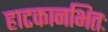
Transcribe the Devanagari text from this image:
हाटकानभितः